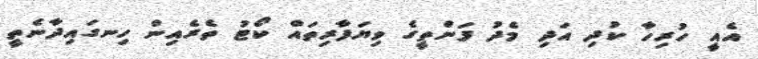
އެއީ ހުރިހާ ކުދި އަދި މެދު ފަންތީގެ ވިޔަފާރިތައް ކޯޓު ތެރެއިން ހިނގައިދާނެތީ